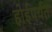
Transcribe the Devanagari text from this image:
होईपर्यत